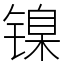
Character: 镍